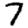
Digit: 7